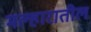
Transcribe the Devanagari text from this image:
मल्हारातील